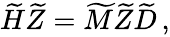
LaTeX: \begin{array}{r}{\widetilde{H}\widetilde{Z}=\widetilde{M}\widetilde{Z}\widetilde{D}\, ,}\end{array}